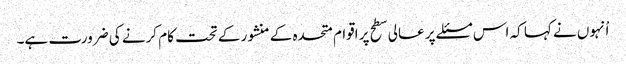
اْنہوں نے کہا کہ اس مسئلے پر عالی سطح پر اقوام متحدہ کے منشور کے تحت کام کرنے کی ضرورت ہے۔